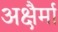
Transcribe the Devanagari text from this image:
अक्षैर्मा